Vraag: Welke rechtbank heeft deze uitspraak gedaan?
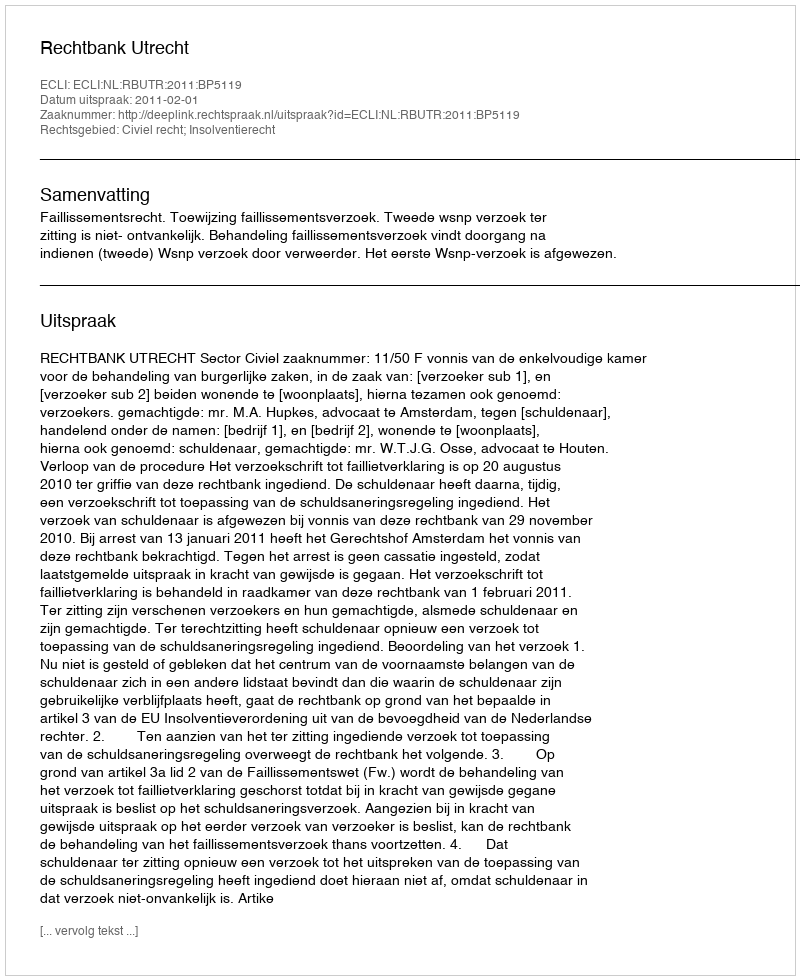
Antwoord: Rechtbank Utrecht